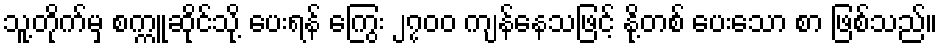
သူ့တိုက်မှ စက္ကူဆိုင်သို့ ပေးရန် ကြွေး ၂၇၀၀ ကျန်နေသဖြင့် နို့တစ် ပေးသော စာ ဖြစ်သည်။